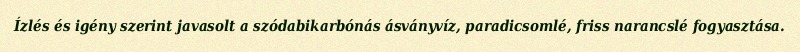
Ízlés és igény szerint javasolt a szódabikarbónás ásványvíz, paradicsomlé, friss narancslé fogyasztása.